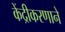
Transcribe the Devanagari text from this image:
केंद्रीकरणाने